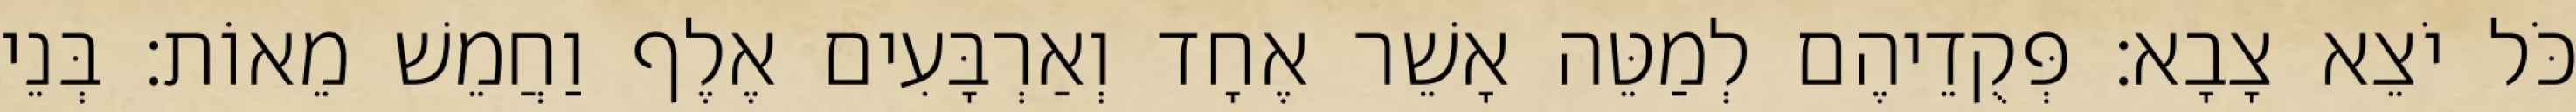
כֹּל יֹצֵא צָבָא׃ פְּקֻדֵיהֶם לְמַטֵּה אָשֵׁר אֶחָד וְאַרְבָּעִים אֶלֶף וַחֲמֵשׁ מֵאוֹת׃ בְּנֵי